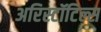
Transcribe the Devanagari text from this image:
अरिस्टॉटिल्स